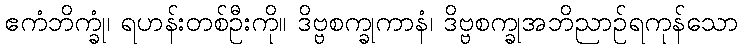
ဧကံဘိက္ခုံ၊ ရဟန်းတစ်ဦးကို။ ဒိဗ္ဗစက္ခုကာနံ၊ ဒိဗ္ဗစက္ခုအဘိညာဉ်ရကုန်သော